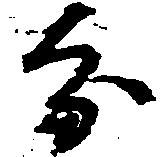
分